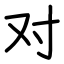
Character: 对